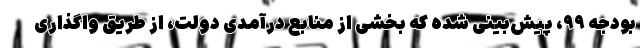
بودجه ۹۹، پیش‌بینی شده که بخشی از منابع درآمدی دولت، از طریق واگذاری